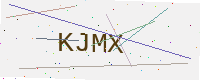
Text: KJMX